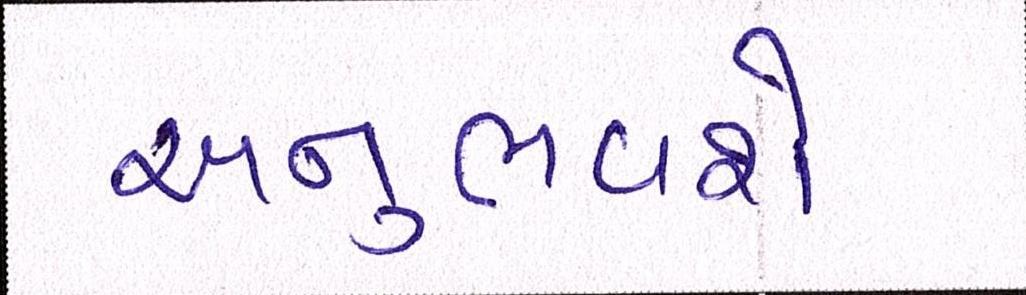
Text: અનુભવશે